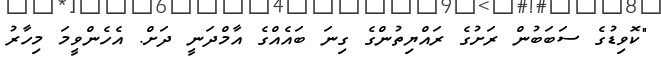
"ކޮވިޑުގެ ސަބަބުން ރަށުގެ ރައްޔިތުންގެ ގިނަ ބައެއްގެ އާމްދަނީ ދަށް. އެހެންވީމަ މިހާރު